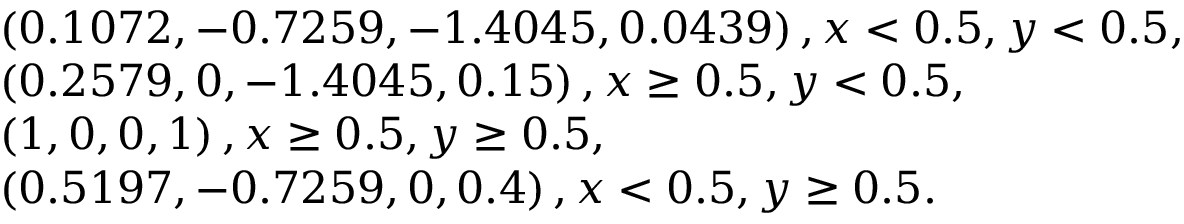
\begin{array} { r l } & { \left( 0 . 1 0 7 2 , - 0 . 7 2 5 9 , - 1 . 4 0 4 5 , 0 . 0 4 3 9 \right) , x < 0 . 5 , y < 0 . 5 , } \\ & { \left( 0 . 2 5 7 9 , 0 , - 1 . 4 0 4 5 , 0 . 1 5 \right) , x \ge 0 . 5 , y < 0 . 5 , } \\ & { \left( 1 , 0 , 0 , 1 \right) , x \ge 0 . 5 , y \ge 0 . 5 , } \\ & { \left( 0 . 5 1 9 7 , - 0 . 7 2 5 9 , 0 , 0 . 4 \right) , x < 0 . 5 , y \ge 0 . 5 . } \end{array}